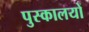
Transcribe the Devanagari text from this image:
पुस्कालयों